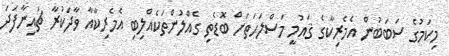
މިކަމުގެ ސަބަބުން އެމެރިކާގެ ޤައުމީ މަސްލަޙަތަށް ބޮޑެތި ގެއްލުންތަކެއްލިބި އެމެރިކާއާ ވާދަކުރާ ޗައިނާފަދަ